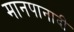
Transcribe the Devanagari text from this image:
मानपानादी